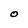
Character: O